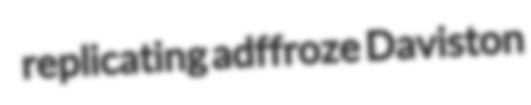
replicating adffroze Daviston